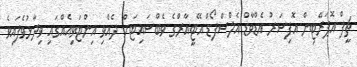
ޗީފް އޮޕަރޭޓިން އޮފިސަރު އެޑްވާޑް އެލްސްފޯޑް އޭޓީއާރްގެ ވެބްސައިޓަށް ދެއްވި އިންޓަވިއެއްގައި ވިދާޅުވެފައިވެ